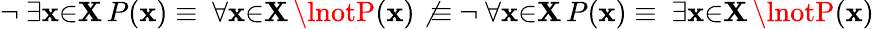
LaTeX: \lnot\ \exists{\mathbf{x}}{\in}\mathbf{{X}}\, P(\mathbf{x})\equiv\ \forall{\mathbf{x}}{\in}\mathbf{{X}}\, \lnotP(\mathbf{x})\not{\equiv}\ \lnot\ \forall{\mathbf{x}}{\in}\mathbf{{X}}\, P(\mathbf{x})\equiv\ \exists{\mathbf{x}}{\in}\mathbf{{X}}\, \lnotP(\mathbf{x})